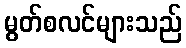
မွတ်စလင်များသည်